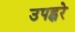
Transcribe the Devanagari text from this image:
उपह्वरे